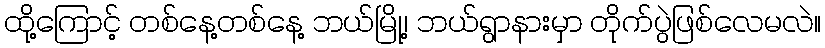
ထို့ကြောင့် တစ်နေ့တစ်နေ့ ဘယ်မြို့၊ ဘယ်ရွာနားမှာ တိုက်ပွဲဖြစ်လေမလဲ။